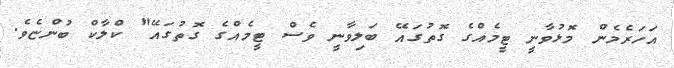
އަހަރެމެން މޮޅުވާނީ ޓީމެއްގެ ގޮތުގައޭ ބަލިވާނީ ވެސް ޓީމެއްގެ ގޮތުގައޭ" ކްލާކް ބުންޏެެވެ.